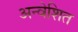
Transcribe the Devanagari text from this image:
अन्वेशित